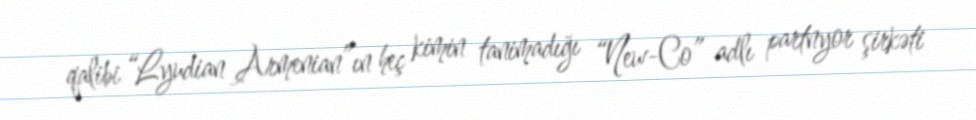
qalibi “Lyudian Armenian”ın heç kimin tanimadığı “New-Co” adlı partnyor şirkəti